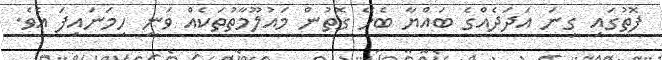
ފޮތުގައި ގިނަ އަދަދެއްގެ ބައްޔާ ބެހޭ ގޮތުން މައުލޫމާތުތަކެއް ވަނީ ހިމަނައިފަ އެވެ.